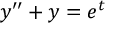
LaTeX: y ^ { \prime \prime } + y = e ^ { t }